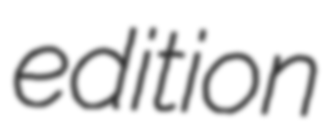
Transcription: edition